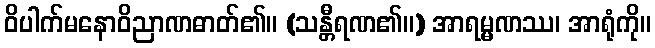
ဝိပါက်မနောဝိညာဏဓာတ်၏။ (သန္တီရဏ၏။) အာရမ္မဏဿ၊ အာရုံကို။